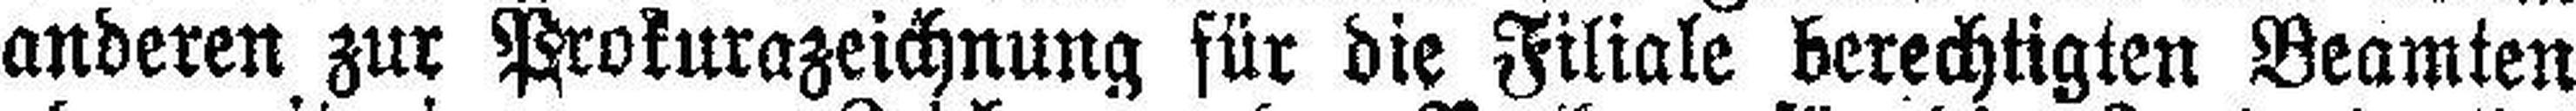
anderen zur Prokurazeichnung für die Filiale berechtigten Beamten